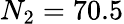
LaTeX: N_{2}=70.5